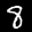
Label: 8